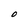
Character: O